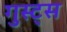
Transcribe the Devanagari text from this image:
गुस्ट्स